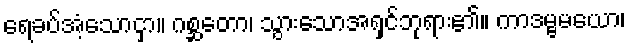
ရေခပ်အံ့သောငှာ။ ဂစ္ဆတော၊ သွားသောအရှင်ဘုရား၏။ ကာဒမ္ဗမယော၊